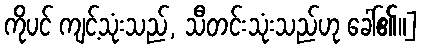
ကိုပင် ကျင့်သုံးသည်, သီတင်းသုံးသည်ဟု ခေါ်၏။]